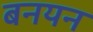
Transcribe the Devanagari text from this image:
बनयन